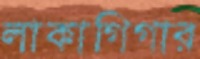
লাকাগিগার